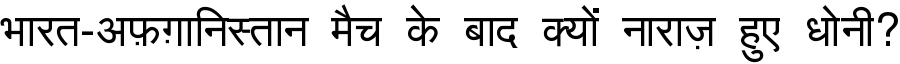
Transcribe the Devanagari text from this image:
भारत-अफ़ग़ानिस्तान मैच के बाद क्यों नाराज़ हुए धोनी?